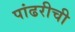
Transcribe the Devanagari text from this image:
पांढरीची